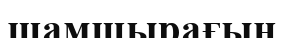
шамшырағын